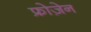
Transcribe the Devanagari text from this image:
फ्रोज़ेन